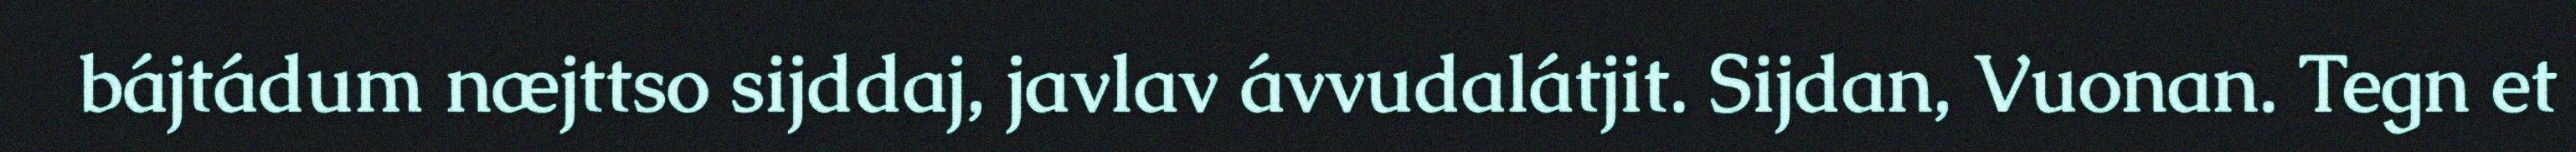
bájtádum næjttso sijddaj, javlav ávvudalátjit. Sijdan, Vuonan. Tegn et